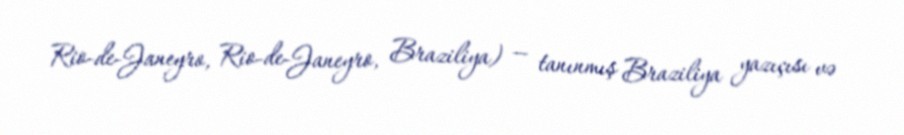
Rio-de-Janeyro, Rio-de-Janeyro, Braziliya) — tanınmış Braziliya yazıçısı və